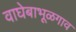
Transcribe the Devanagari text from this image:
वाघेबाभूळगाव